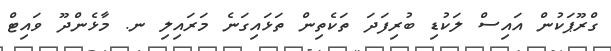
ގްރޫޕަކުން އައިސް ލަކުޑި ބުރިފަދަ ތަކެތިން ތަޅައިގަނެ މަރައިލި ނ. މާޅެންދޫ ވައިޓް